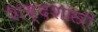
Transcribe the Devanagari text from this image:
शब्दशास्त्री